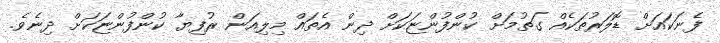
ފެނަކައަށް ޑޮލަރުތަކެއް ގަތުމަށް ކުންފުންޏަކަށް ދިން އެތައް މިލިއަން ރުފިޔާ ކުންފުންޏަކަށް ދިނެވެ.